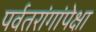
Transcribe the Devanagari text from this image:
पर्वतरांगांपेक्षा